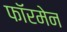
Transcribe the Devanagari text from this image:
फॉरमेन